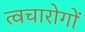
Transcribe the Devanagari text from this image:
त्वचारोगों